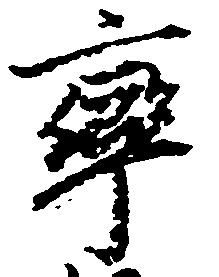
率